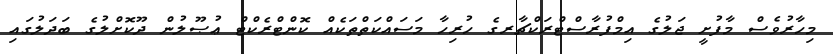
މިހާރުވެސް މާފުށީ ޖަލުގެ އިމްފުރާސްޓްރަކްޗާރގެ ހުރިހާ މަސައްކަތްތަކެއް ކޮންޓްރެކްޓް ޢުޞޫލުން ދޫކޮށްލުގެ ބަދަލުގައި